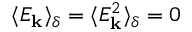
\langle E _ { \mathbf { k } } \rangle _ { \delta } = \langle E _ { \mathbf { k } } ^ { 2 } \rangle _ { \delta } = 0